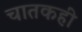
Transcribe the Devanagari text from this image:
चातकही